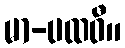
မာ-ပထဝီ။